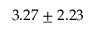
3 . 2 7 \pm 2 . 2 3 \